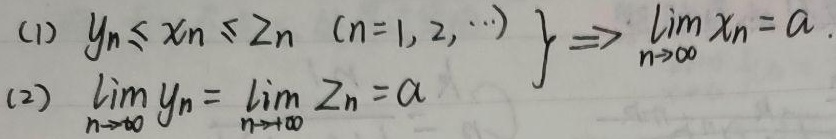
\[
\left.\begin{matrix}
(1)\ y_{n}\leq x_{n}\leq z_{n}\ (n = 1,2,\cdots)\\
(2)\ \lim_{n\rightarrow\infty}y_{n}=\lim_{n\rightarrow\infty}z_{n}=a
\end{matrix}\right\}
\Rightarrow\lim_{n\rightarrow\infty}x_{n}=a
\]